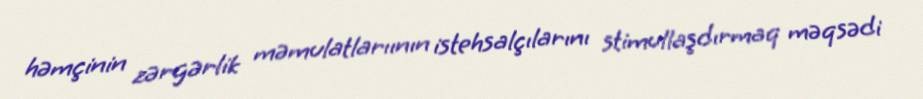
həmçinin zərgərlik məmulatlarıının istehsalçılarını stimullaşdırmaq məqsədi